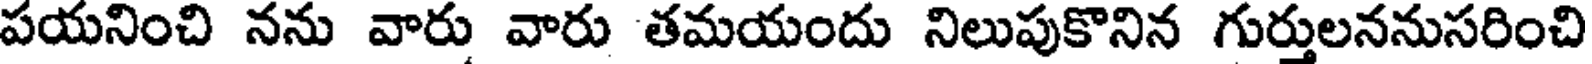
పయనించి నను వారు వారు తమయందు నిలుపుకొనిన గుర్తులననుసరించి